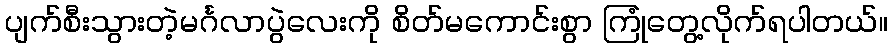
ပျက်စီးသွားတဲ့မင်္ဂလာပွဲလေးကို စိတ်မကောင်းစွာ ကြုံတွေ့လိုက်ရပါတယ်။